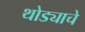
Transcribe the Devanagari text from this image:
थोड्याचे